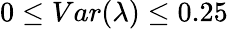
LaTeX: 0\le Var(\lambda)\le 0.25